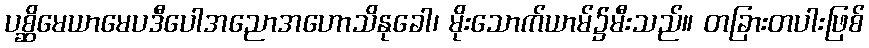
ပစ္ဆိမေယာမေပဒီပေါအညောအဟောသိနုခေါ၊ မိုးသောက်ယာမ်၌မီးသည်။ တခြားတပါးဖြစ်